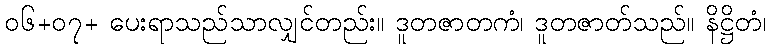
၀၆+၀၇+ ပေးရာသည်သာလျှင်တည်း။ ဒူတဇာတကံ၊ ဒူတဇာတ်သည်။ နိဋ္ဌိတံ၊